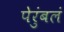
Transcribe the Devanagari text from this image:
पेरुंबलं